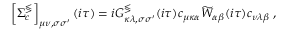
\left[ \Sigma _ { c } ^ { \lessgtr } \right] _ { \mu \nu , \sigma \sigma ^ { \prime } } ( i \tau ) = i G _ { \kappa \lambda , \sigma \sigma ^ { \prime } } ^ { \lessgtr } ( i \tau ) c _ { \mu \kappa \alpha } \widetilde { W } _ { \alpha \beta } ( i \tau ) c _ { \nu \lambda \beta } \; ,